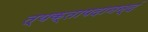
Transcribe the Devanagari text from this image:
त्यक्तापदानन्दं